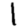
Digit: 1